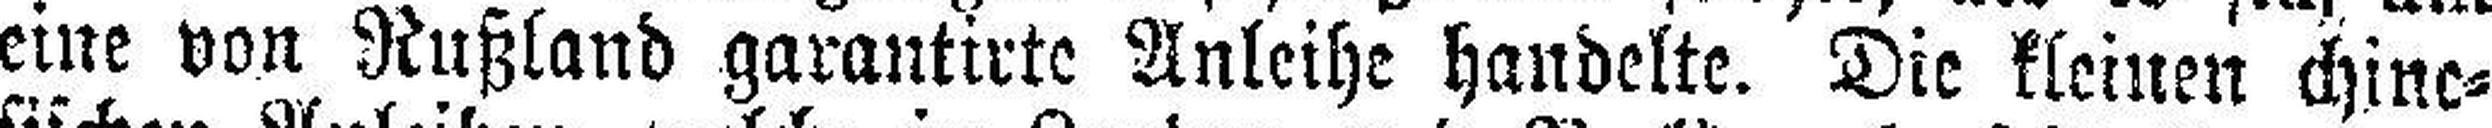
eine von Rußland garantirte Anleihe handelte. Die kleinen chine¬